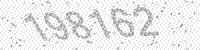
Solution: 198162